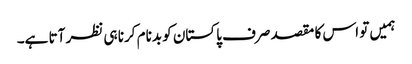
ہمیں تو اس کا مقصد صرف پاکستان کو بدنام کرنا ہی نظر آتا ہے۔